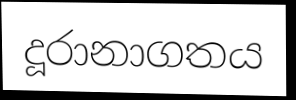
දූරානාගතය